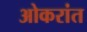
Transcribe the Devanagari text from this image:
ओकरांत